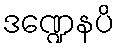
ဒဏ္ဍေနပိ